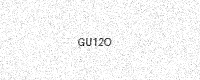
Text: GU12O